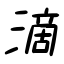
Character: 滴